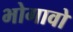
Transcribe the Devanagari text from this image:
भोगावो